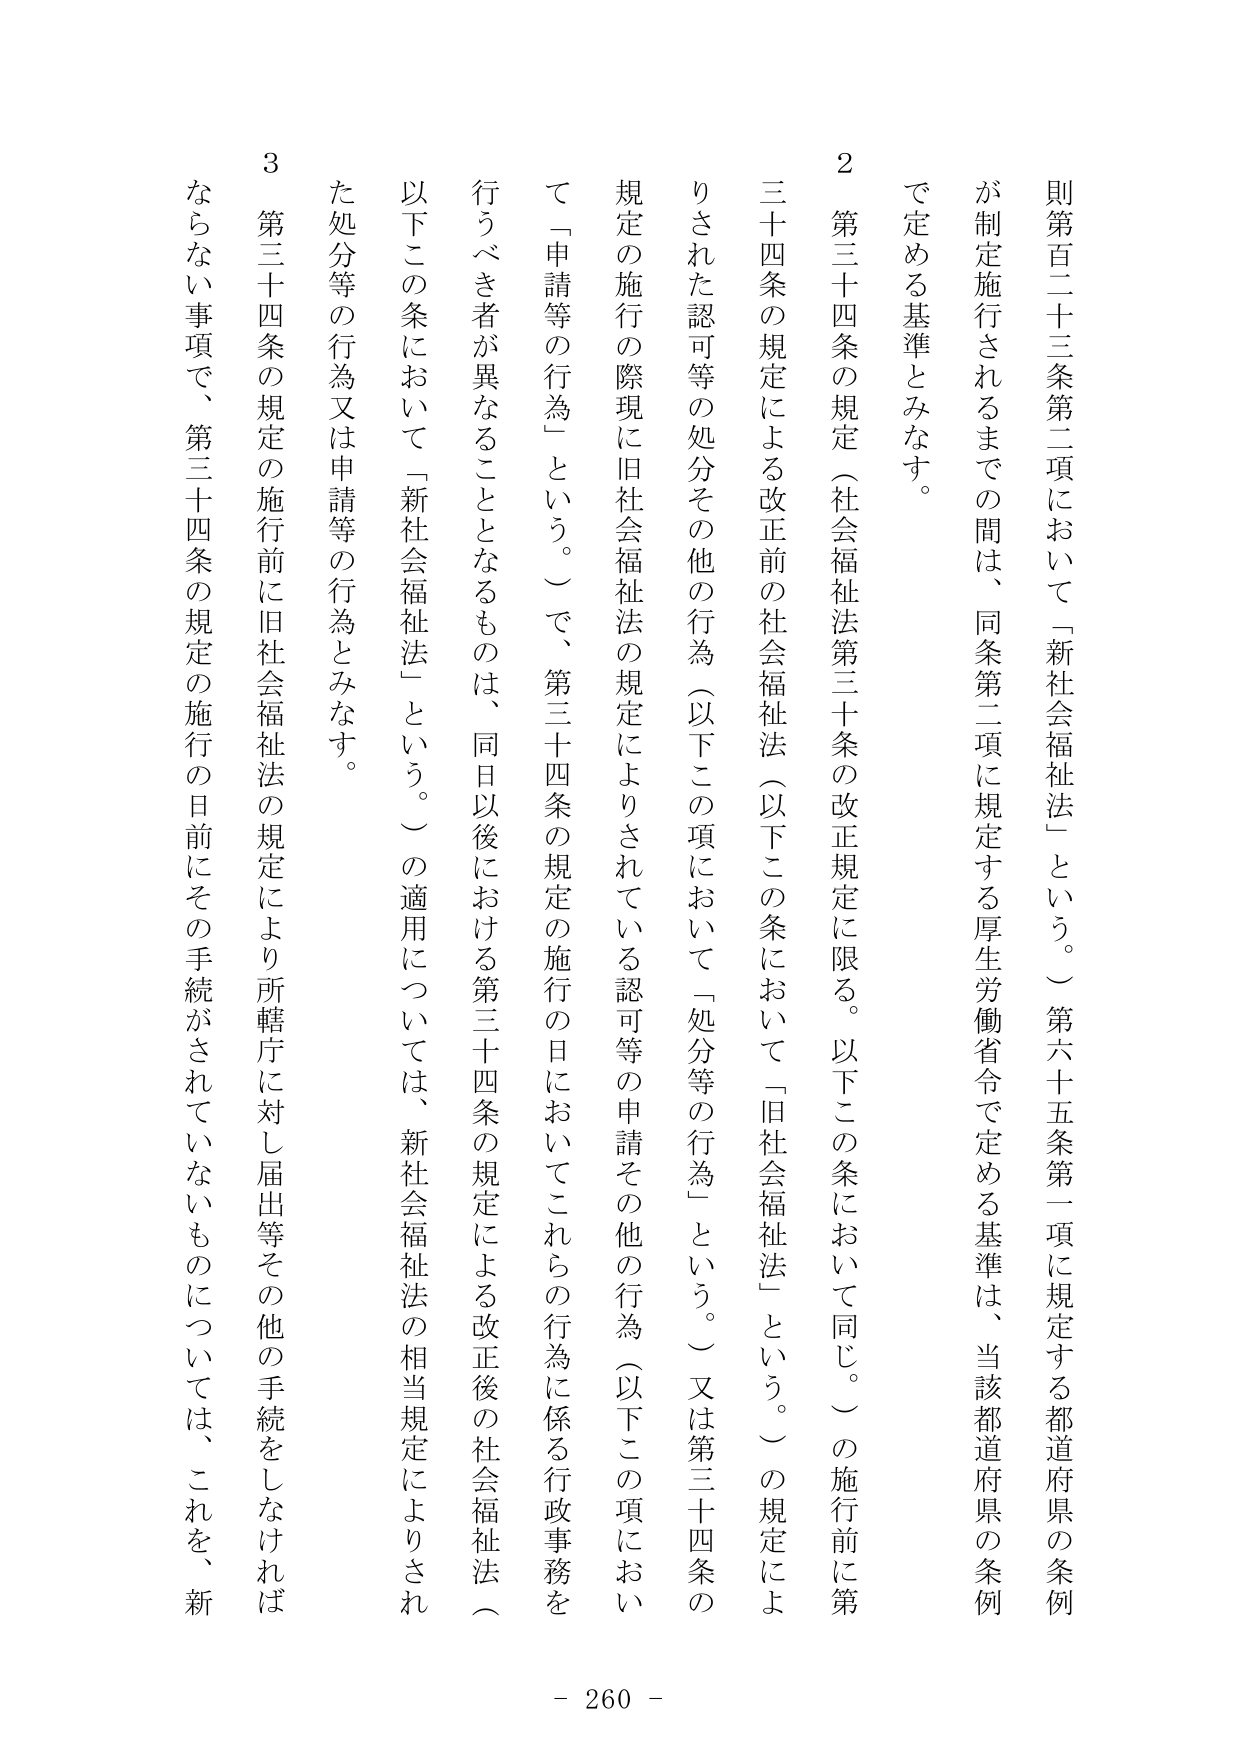
則第百二十三条第二項において「新社会福祉法」という。第六十五条第一項に規定する都道府県の条例が制定施行されるまでの間は、同条第二項に規定する厚生労働省令で定める基準は、当該都道府県の条例で定める基準とみなす。

２ 第三十四条の規定（社会福祉法第三十条の改正規定に限る。以下この条において同じ。）の施行前に第三十四条の規定による改正前の社会福祉法（以下この条において「旧社会福祉法」という。）の規定によりされた認可等の処分その他の行為（以下この項において「処分等の行為」という。）又は第三十四条の規定の施行の際現に旧社会福祉法の規定によりされている認可等の申請その他の行為（以下この項において「申請等の行為」という。）で、第三十四条の規定の施行の日においてこれらの行為に係る行政事務を行うべき者が異なることとなるものは、同日以後における第三十四条の規定による改正後の社会福祉法（以下この条において「新社会福祉法」という。）の適用については、新社会福祉法の相当規定によりされた処分等の行為又は申請等の行為とみなす。

３ 第三十四条の規定の施行前に旧社会福祉法の規定により所轄庁に対し届出等その他の手続をしなければならない事項で、第三十四条の規定の施行の日前にその手続がされていないものについては、これを、新

- 260 -